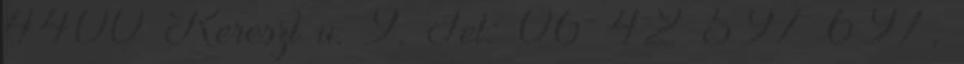
4400 Kereszt u. 9. Tel: 06 42 597 697,